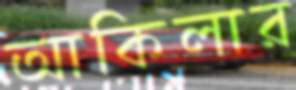
আকিলার